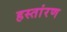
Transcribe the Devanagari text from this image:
हस्तांरण